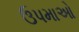
ઉપમાઓ